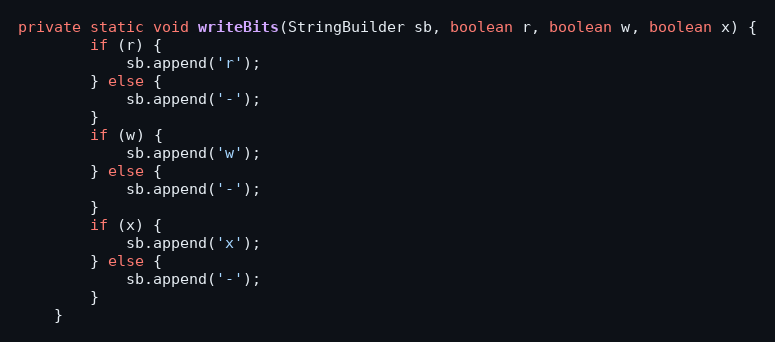
Language: Java
private static void writeBits(StringBuilder sb, boolean r, boolean w, boolean x) {
        if (r) {
            sb.append('r');
        } else {
            sb.append('-');
        }
        if (w) {
            sb.append('w');
        } else {
            sb.append('-');
        }
        if (x) {
            sb.append('x');
        } else {
            sb.append('-');
        }
    }